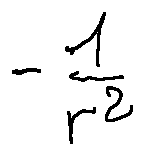
- \frac { 1 } { r ^ { 2 } }